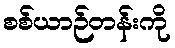
စစ်ယာဉ်တန်းကို